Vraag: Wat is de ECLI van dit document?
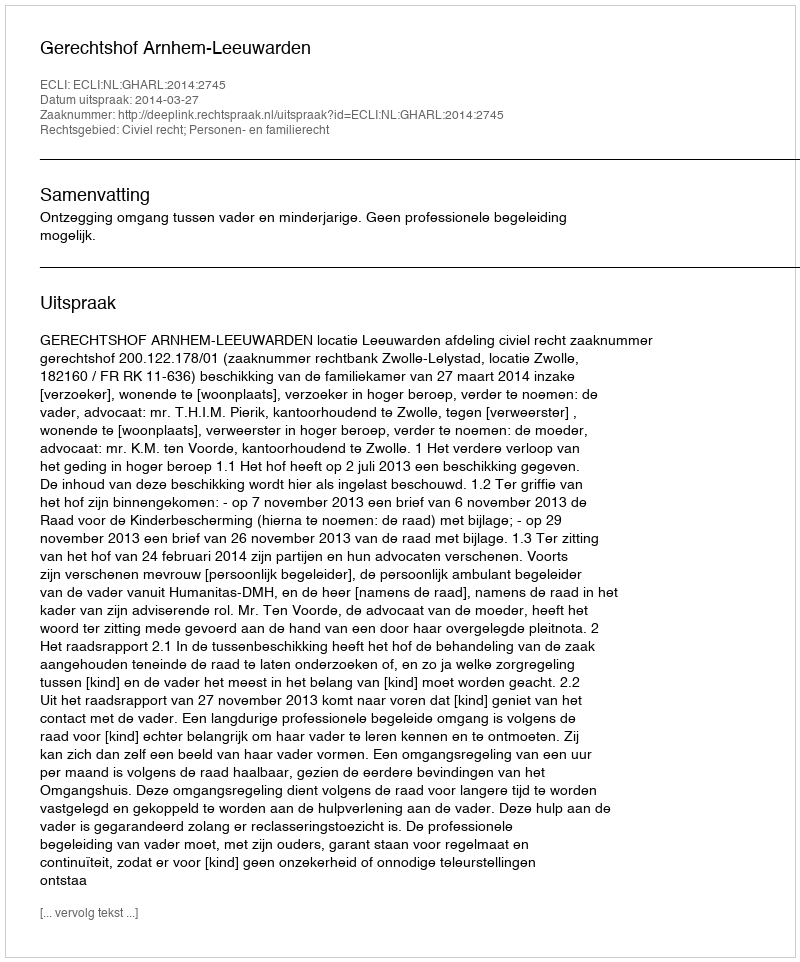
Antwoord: ECLI:NL:GHARL:2014:2745